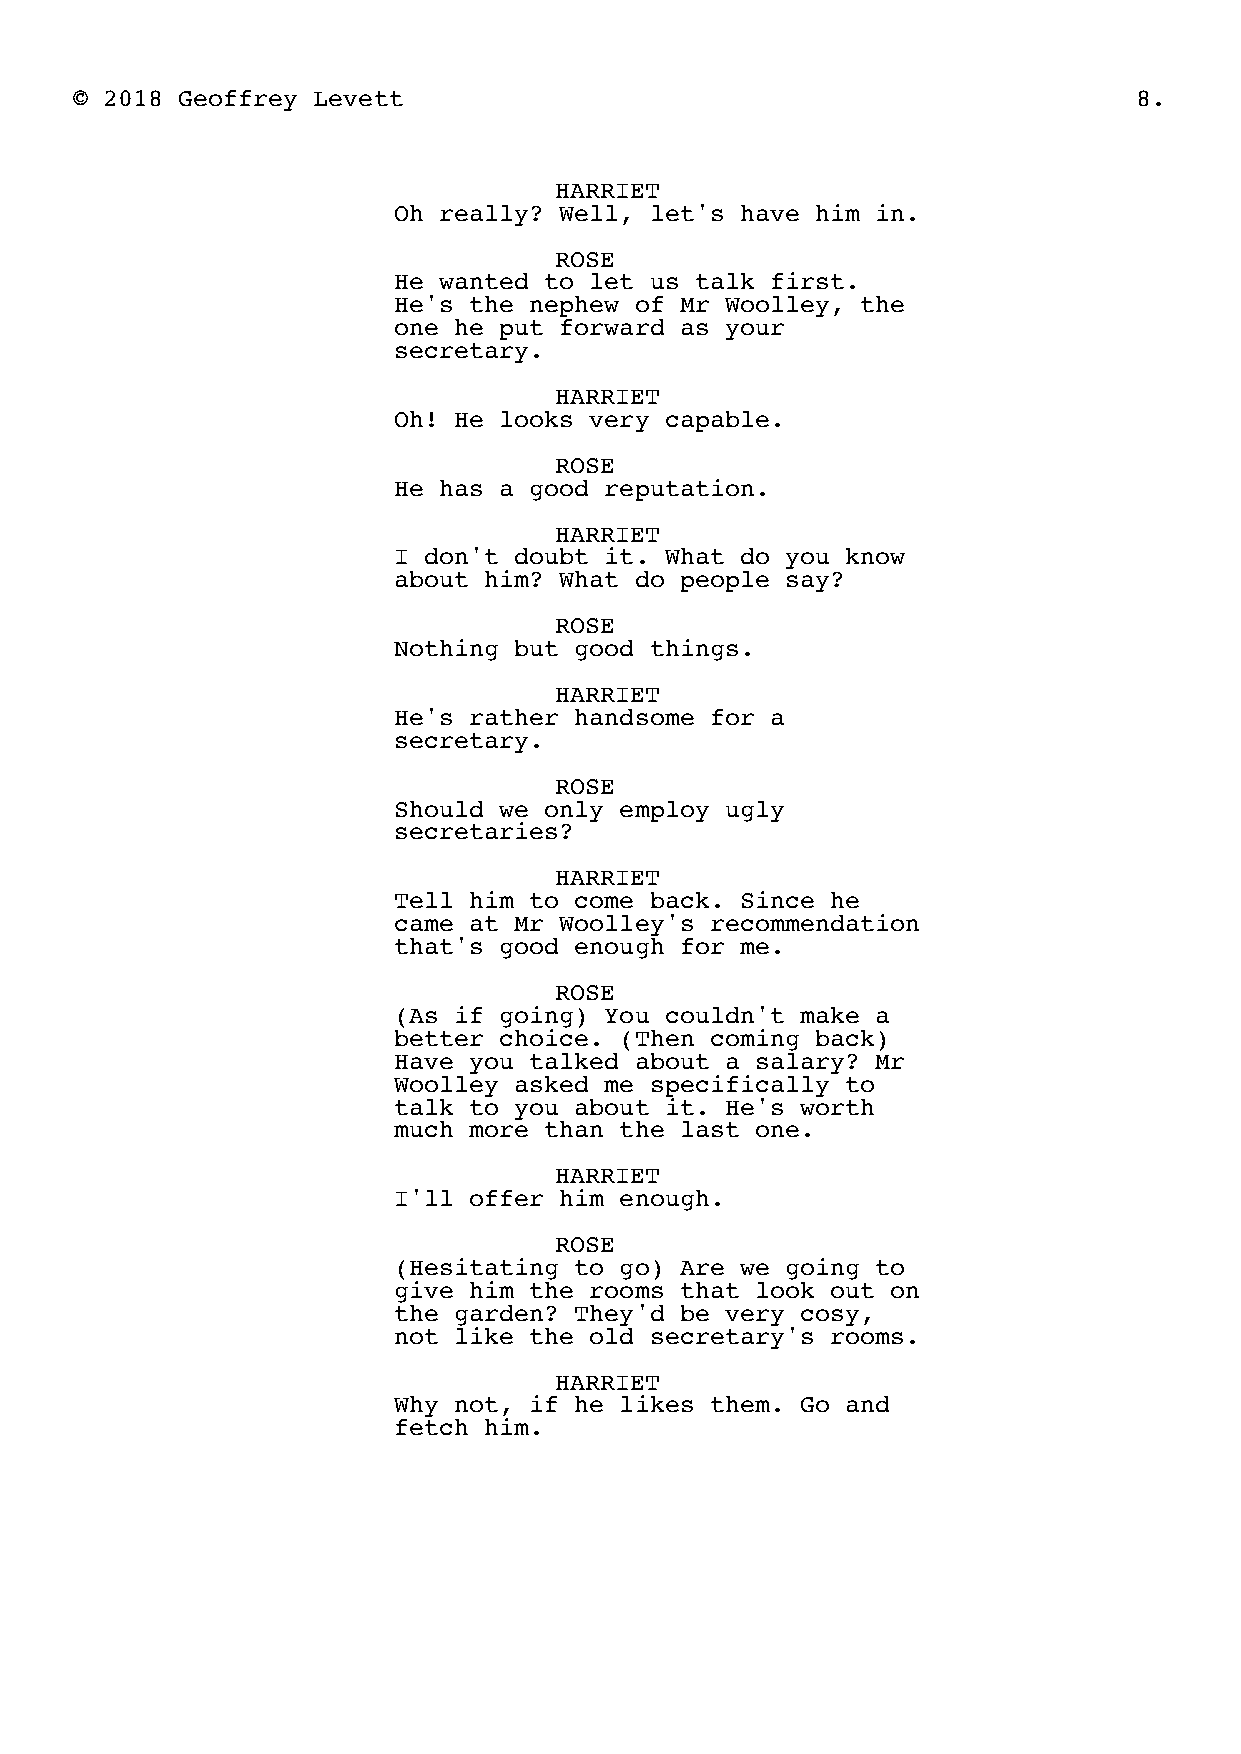
© 2018 Geoffrey Levett                                                8.
 HARRIET
 Oh really? Well, let's have him in.
 ROSE
 He wanted to let us talk first.
 He's the nephew of Mr Woolley, the
 one he put forward as your
 secretary.
 HARRIET
 Oh! He looks very capable.
 ROSE
 He has a good reputation.
 HARRIET
 I don't doubt it. What do you know
 about him? What do people say?
 ROSE
 Nothing but good things.
 HARRIET
 He's rather handsome for a
 secretary.
 ROSE
 Should we only employ ugly
 secretaries?
 HARRIET
 Tell him to come back. Since he
 came at Mr Woolley's recommendation
 that's good enough for me.
 ROSE
 (As if going) You couldn't make a
 better choice. (Then coming back)
 Have you talked about a salary? Mr
 Woolley asked me specifically to
 talk to you about it. He's worth
 much more than the last one.
 HARRIET
 I'll offer him enough.
 ROSE
 (Hesitating to go) Are we going to
 give him the rooms that look out on
 the garden? They'd be very cosy,
 not like the old secretary's rooms.
 HARRIET
 Why not, if he likes them. Go and
 fetch him.